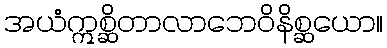
အယံဣစ္ဆိတာလာဘေဝိနိစ္ဆယော။